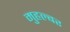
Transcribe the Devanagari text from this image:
मुहल्बर